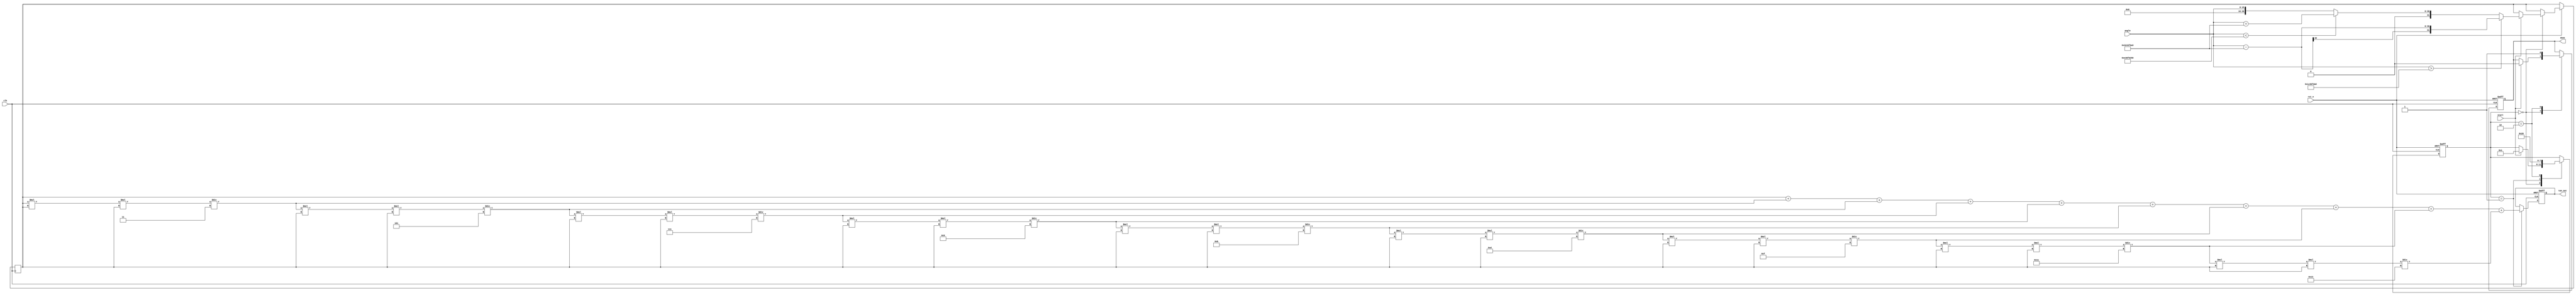
module tan_block (
    input wire clk,
    input wire rst_n,
    input wire [15:0] angle, // Input angle in fixed-point (16-bit)
    output reg [31:0] tan_out, // Output tangent value (32-bit)
    input wire start,
    output reg done
);

    // Constants for Taylor series expansion
    parameter FIXED_POINT_FRACTIONAL_BITS = 16;
    parameter PI = 32'h3243F6A9; //  in fixed-point (32-bit)
    parameter PI_OVER_2 = 32'h1C90FDA8; // /2 in fixed-point (32-bit)

    // Internal state
    reg [31:0] angle_fixed;
    reg [31:0] angle_mod;
    reg [31:0] tan_value;
    reg [3:0] state;

    // State machine states
    localparam IDLE = 0;
    localparam CALCULATE = 1;
    localparam DONE = 2;

    // Angle normalization to [-/2, /2]
    function [31:0] normalize_angle(input [15:0] angle);
        begin
            if (angle > PI_OVER_2) begin
                normalize_angle = angle - PI;
            end else if (angle < -PI_OVER_2) begin
                normalize_angle = angle + PI;
            end else begin
                normalize_angle = angle;
            end
        end
    endfunction

    // Taylor series for tan(x) = x + x^3/3 + x^5/5 + ...
    function [31:0] taylor_tan(input [31:0] x);
        reg [31:0] term;
        reg [31:0] sum;
        integer i;
        begin
            sum = x; // Start with x
            term = x; // Initialize term as x
            for (i = 1; i < 10; i = i + 1) begin // Calculate first 10 terms
                term = (term * x * x) / (2 * i + 1); // x^(2i+1)/(2i+1)!
                sum = sum + term;
            end
            taylor_tan = sum;
        end
    endfunction

    // Main process
    always @(posedge clk or negedge rst_n) begin
        if (!rst_n) begin
            state <= IDLE;
            tan_out <= 32'b0;
            done <= 1'b0;
        end else begin
            case (state)
                IDLE: begin
                    if (start) begin
                        angle_fixed = {16'b0, angle}; // Convert to 32-bit
                        angle_mod = normalize_angle(angle_fixed);
                        state <= CALCULATE;
                        done <= 1'b0;
                    end
                end
                CALCULATE: begin
                    tan_value = taylor_tan(angle_mod);
                    tan_out <= tan_value;
                    state <= DONE;
                end
                DONE: begin
                    done <= 1'b1;
                    state <= IDLE; // Go back to IDLE
                end
            endcase
        end
    end

endmodule